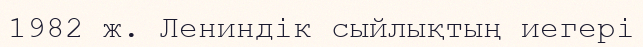
1982 ж. Лениндік сыйлықтың иегері